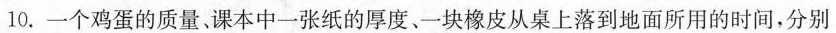
10.一个鸡蛋的质量、课本中一张纸的厚度、一块橡皮从桌上落到地面所用的时间，分别